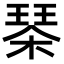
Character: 𣗜